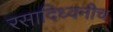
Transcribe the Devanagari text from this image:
रसादिध्वनीच